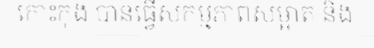
កោះកុង បានធ្វើសកម្មភាពសម្អាត និង